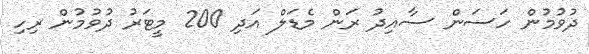
ދުވުމުން ހަސަން ސާއިދު ރަން މެޑަލް އަދި 200 މީޓަރު ދުވުމުން ރިހި